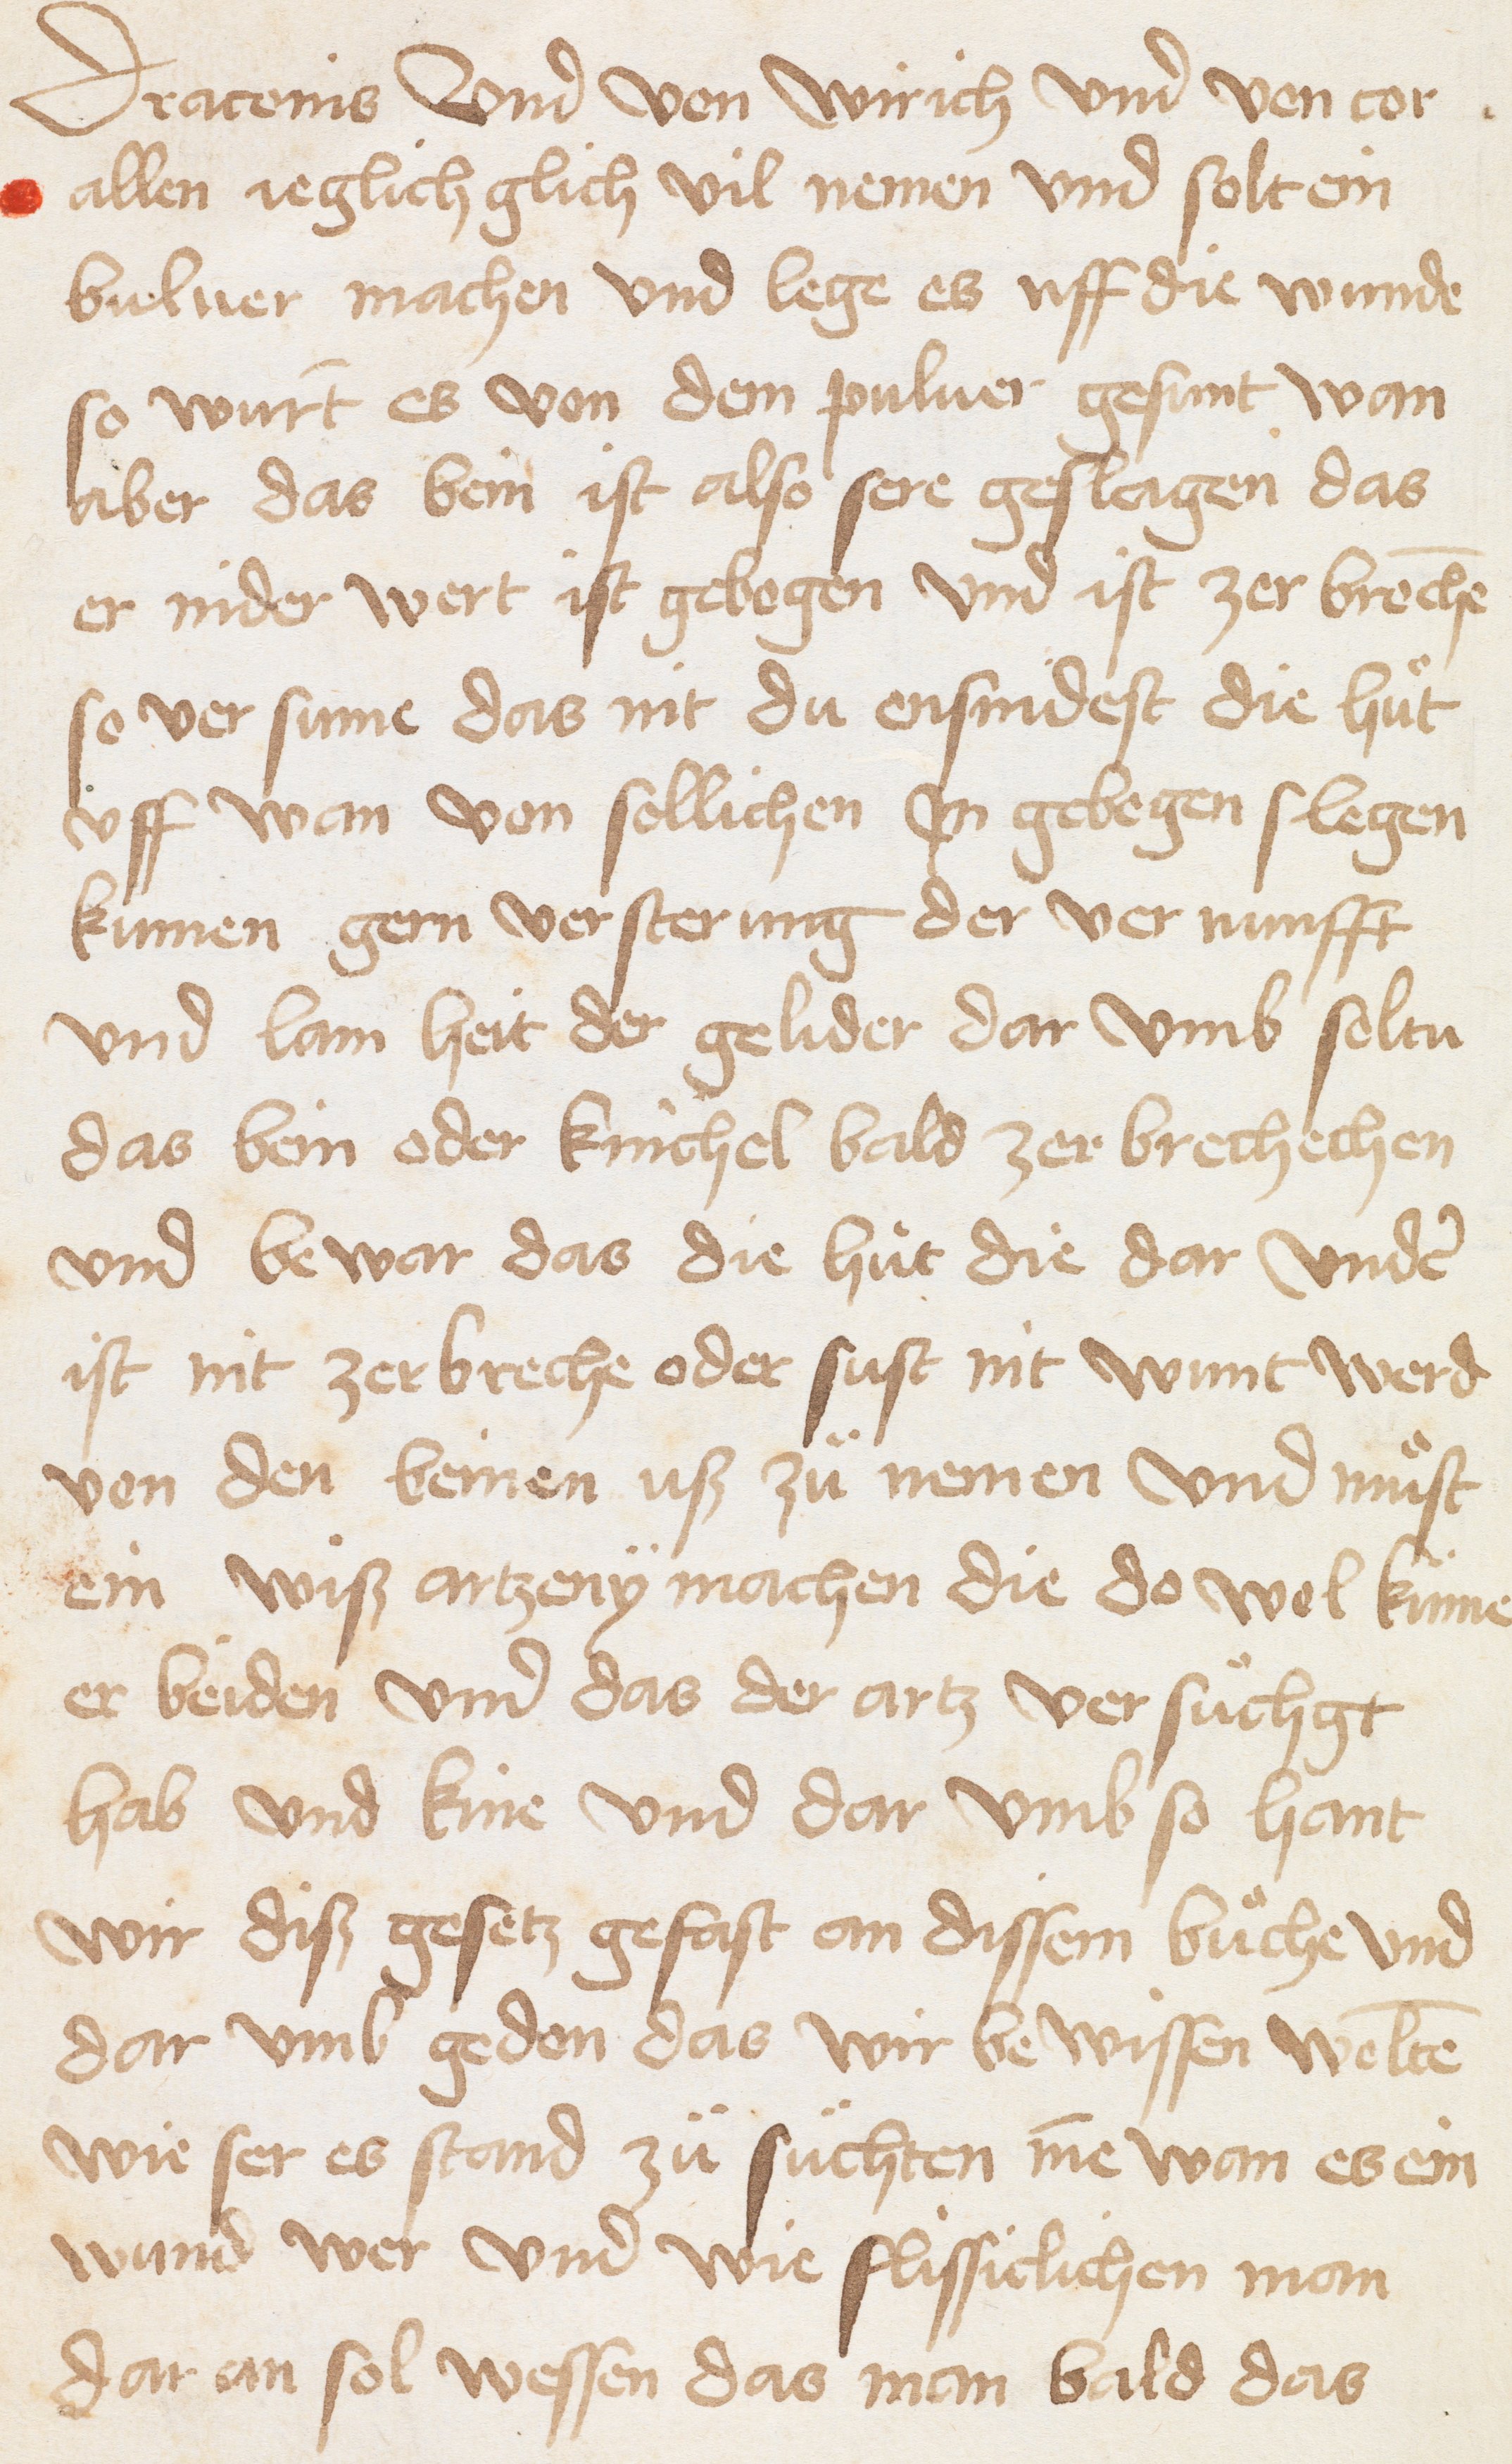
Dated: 1400–1599